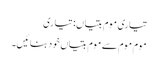
تیاری موم بتیاں: تیاری
موم موم سے موم بتیاں خود بنائیں۔